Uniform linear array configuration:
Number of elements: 24
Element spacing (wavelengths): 0.25
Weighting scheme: exponential
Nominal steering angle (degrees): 30
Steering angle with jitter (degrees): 30.96
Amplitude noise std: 0.05
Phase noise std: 0.05

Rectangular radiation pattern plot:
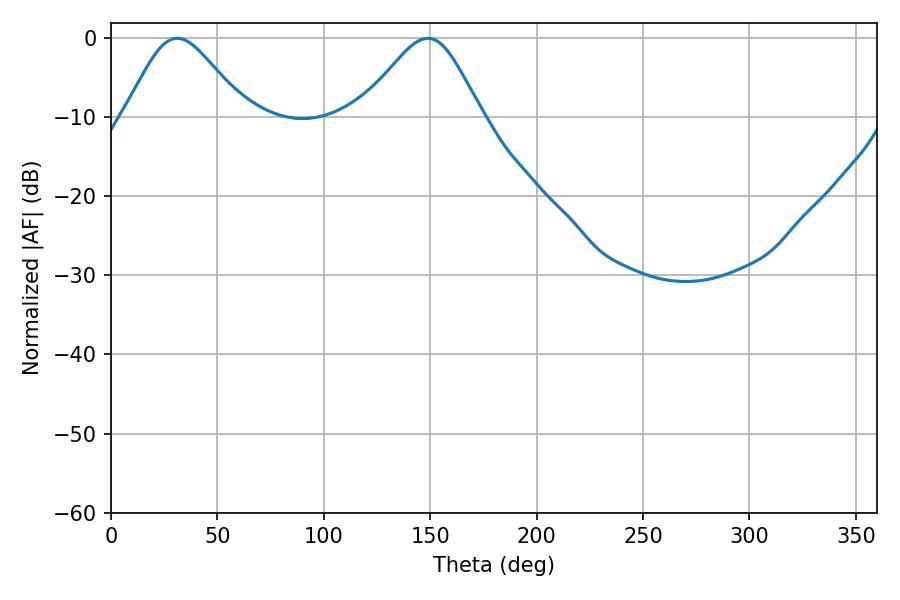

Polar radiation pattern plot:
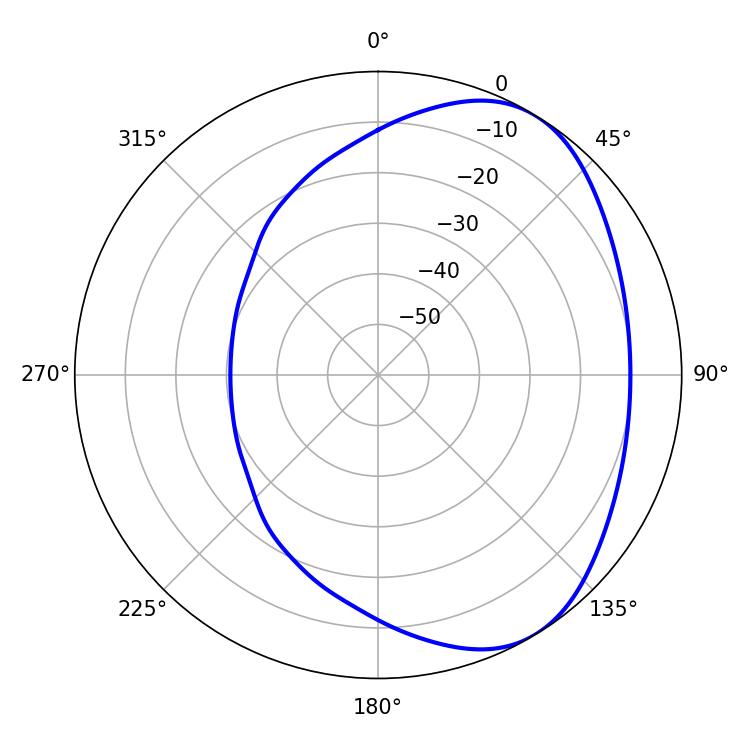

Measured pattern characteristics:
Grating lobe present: FALSE
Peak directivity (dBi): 4.651
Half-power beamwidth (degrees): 27.9
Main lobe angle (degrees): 31.14